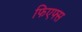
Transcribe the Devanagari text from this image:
फिएफ्स